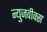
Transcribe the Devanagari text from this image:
न्युजवीक्स